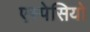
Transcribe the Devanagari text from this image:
एस्पेसियो